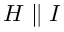
H \parallel I